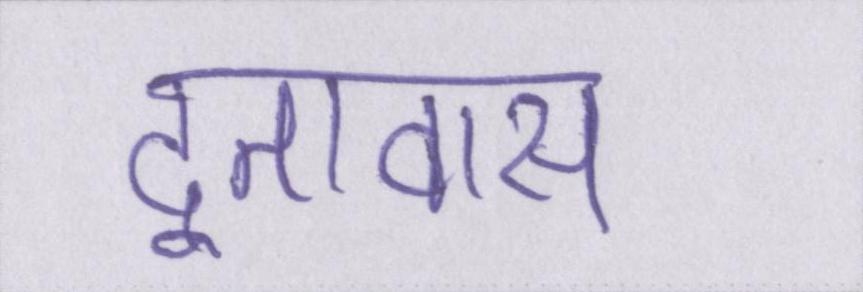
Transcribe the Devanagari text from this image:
दूतावास